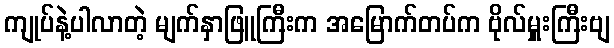
ကျုပ်နဲ့ပါလာတဲ့ မျက်နှာဖြူကြီးက အမြောက်တပ်က ဗိုလ်မှူးကြီးဗျ